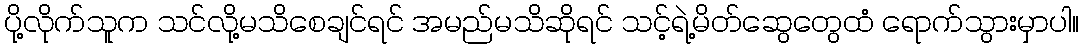
ပို့လိုက်သူက သင်လို့မသိစေချင်ရင် အမည်မသိဆိုရင် သင့်ရဲ့မိတ်ဆွေတွေထံ ရောက်သွားမှာပါ။